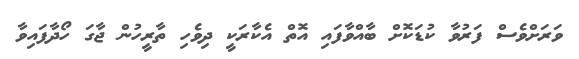
ވަރަށްވެސް ފަރުވާ ކުޑަކޮށް ބާއްވާފައި އޮތް އެކާރަކީ ދިވެހި ތާރީހުން ޖާގަ ހޯދާފައިވާ